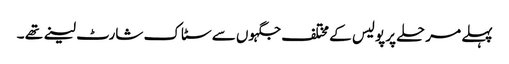
پہلے مرحلے پر پولیس کے مختلف جگہوں سے سٹاک شارٹ لینے تھے ۔